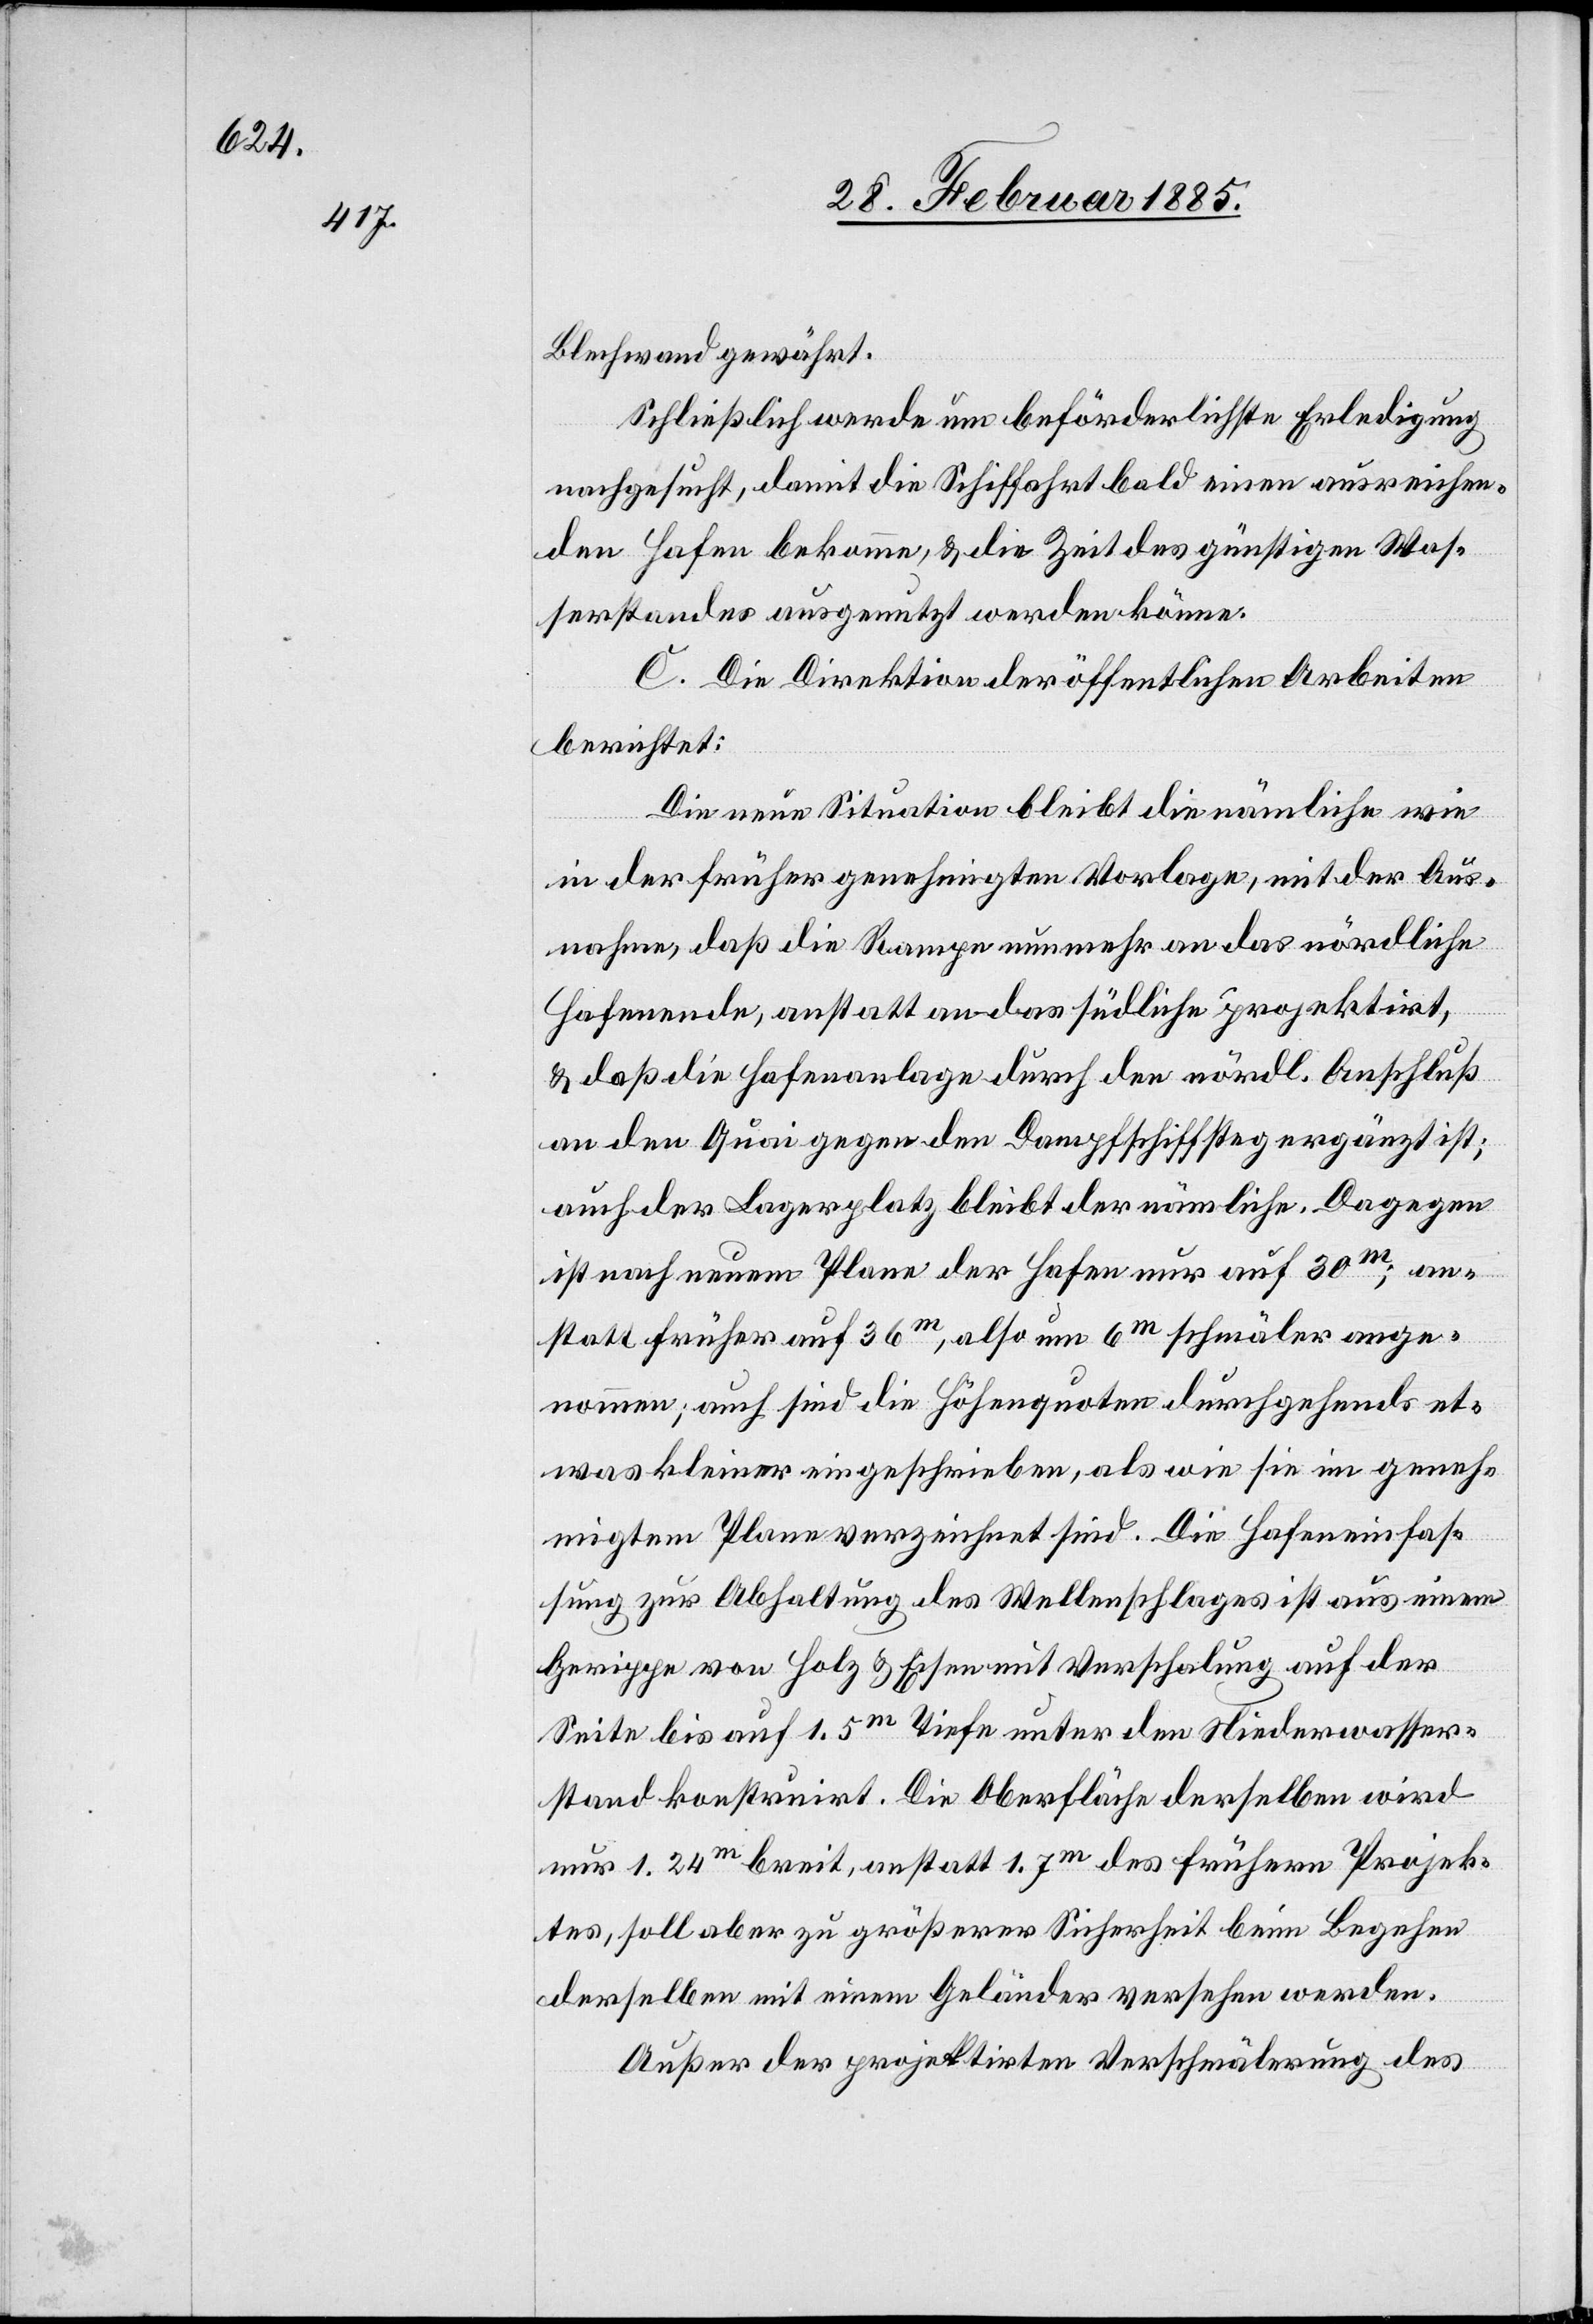
Blechwand gewährt.
Schließlich werde um beförderlichste Erledigung
nachgesucht, damit die Schiff[f]ahrt bald einen ausreichen¬
den Hafen bekomme, & die Zeit des günstigen Was¬
serstandes ausgenutzt werden könne.
C. Die Direktion der öffentlichen Arbeiten
berichtet:
Die neue Situation bleibt die nämliche wie
in der früher genehmigten Vorlage, mit der Aus¬
nahme, daß die Rampe nunmehr an das nördliche
Hafenende, anstatt an das südliche projektirt,
& daß die Hafenanlage durch den nördl. Anschluß
an den Quai gegen den Dampfschiffsteg ergänzt ist;
auch der Lagerplatz bleibt der nämliche. Dagegen
ist nach neuem Plane der Hafen nur auf 30m; an¬
statt früher auf 36m, also um 6m schmäler ange¬
nommen; auch sind die Höhenquoten durchgehends et¬
was kleiner eingeschrieben, als wie sie im geneh¬
migten Plane verzeichnet sind. Die Hafeneinfas¬
sung zur Abhaltung des Wellenschlages ist aus einem
Gerippe von Holz & Eisen mit Verschalung auf der
Seite bis auf 1,5m Tiefe unter den Niederwasser¬
stand konstruirt. Die Oberfläche derselben wird
nur 1.24m breit, anstatt 1.7m des frühern Projek¬
tes, soll aber zu größerer Sicherheit beim Begehen
derselben mit einem Geländer versehen werden.
Außer der projektirten Verschmälerung des